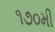
૧૭૦મી